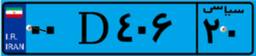
۰۰D۴۰۶۲۰